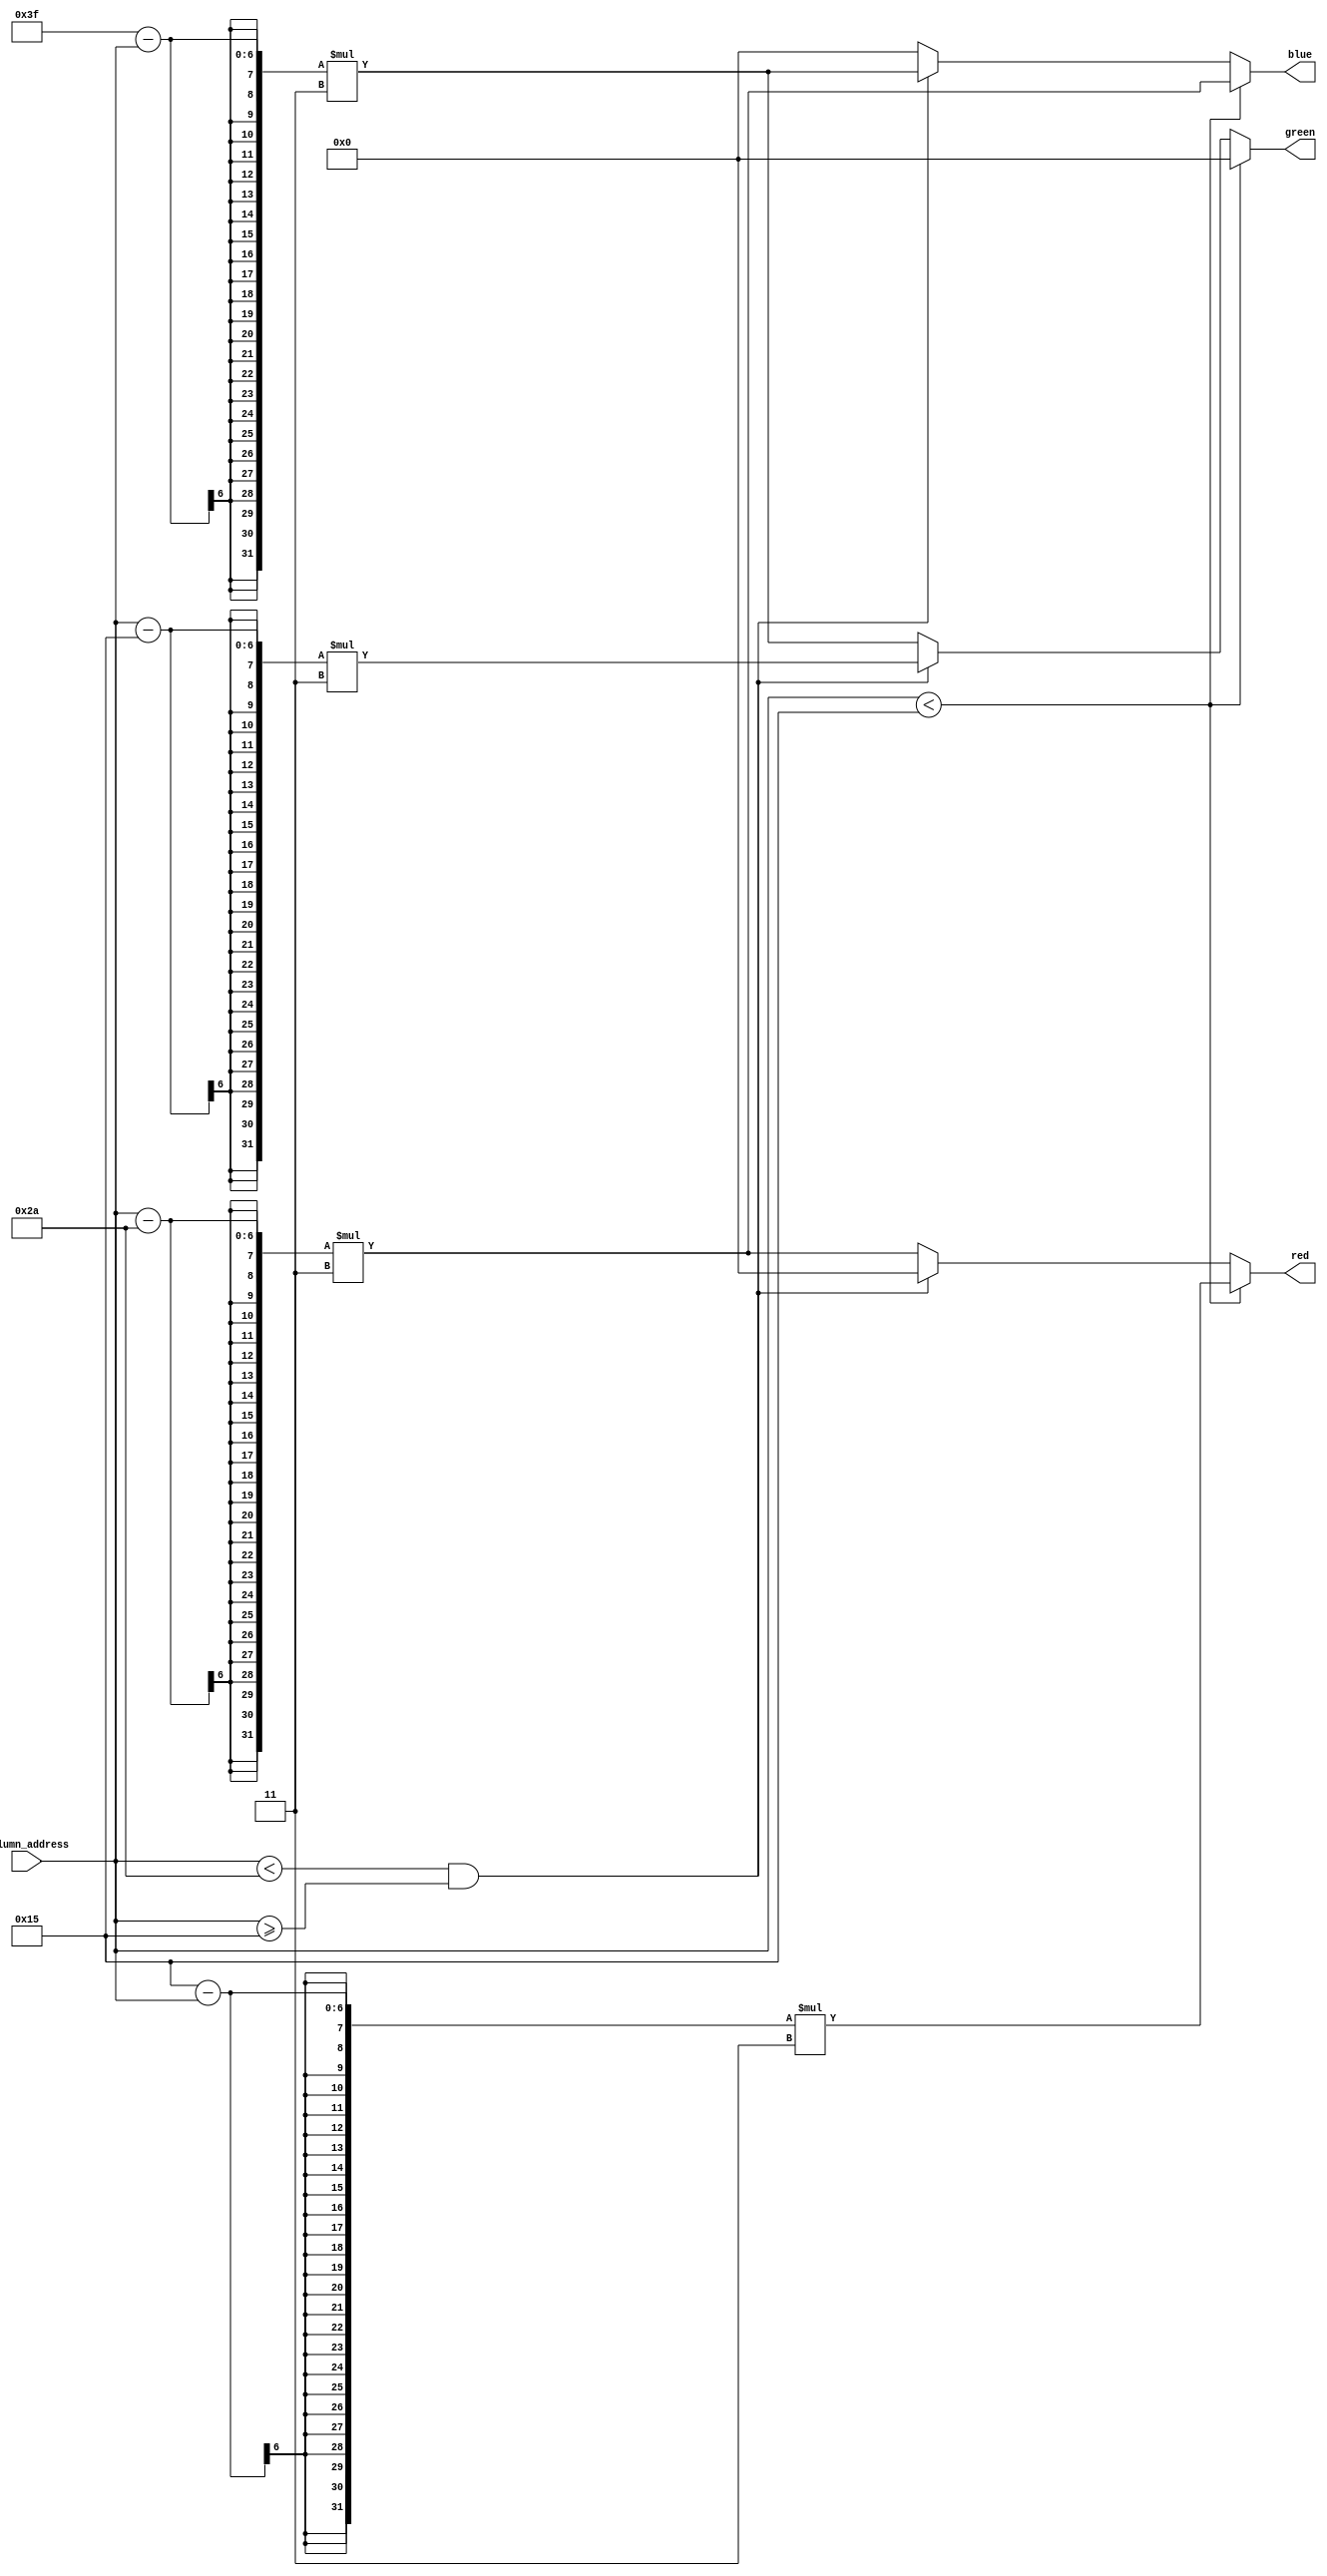
module rainbow_generator (
	input [5:0] column_address,

	output [5:0] red,
	output [5:0] green,
	output [5:0] blue
);
	/* work out the current column's phase (for the gradient)
	   [0] = blue -> red
	   [1] = green -> blue
	   [2] = red -> green    <-- implicit */
	wire [1:0] column_phase;
	assign column_phase[0] = (column_address < 6'd21);
	assign column_phase[1] = (column_address < 6'd42) && (column_address >= 6'd21);
	//assign column_phase[2] =                             (column_address >= 6'd42);

	/* each sub-pixel has a 6-bit brightness value, which depends on the column phase and maths
	   phase        0    1    2
	   red   --> hi - lo - lo - hi
	   green --> lo - hi - lo - lo
	   blue  --> lo - lo - hi - lo */
	assign red  [5:0] = column_phase[0] ? ( (6'd21 - column_address) * 'd3 ) : (column_phase[1] ? ( 6'd0                           ) : ( (column_address - 6'd42) * 'd3 ) );
	assign green[5:0] = column_phase[0] ? ( 6'd0                           ) : (column_phase[1] ? ( (column_address - 6'd21) * 'd3 ) : ( (6'd63 - column_address) * 'd3 ) );
	assign blue [5:0] = column_phase[0] ? ( (column_address - 6'd42) * 'd3 ) : (column_phase[1] ? ( (6'd63 - column_address) * 'd3 ) : ( 6'd0                           ) );
endmodule